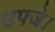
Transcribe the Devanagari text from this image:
उपजे।